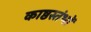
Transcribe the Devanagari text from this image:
काष्ठस्तंभों